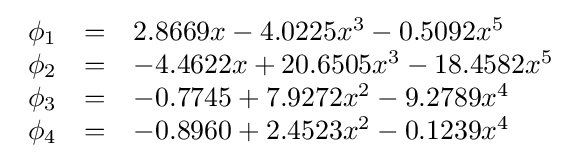
{\begin{array}{lll}\phi _{1}&=&2.8669x-4.0225x^{3}-0.5092x^{5}\\\phi _{2}&=&-4.4622x+20.6505x^{3}-18.4582x^{5}\\\phi _{3}&=&-0.7745+7.9272x^{2}-9.2789x^{4}\\\phi _{4}&=&-0.8960+2.4523x^{2}-0.1239x^{4}\\\end{array}}